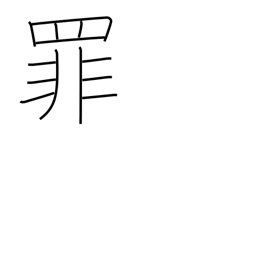
Meaning: crime